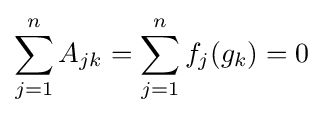
\sum _{j=1}^{n}A_{jk}=\sum _{j=1}^{n}f_{j}(g_{k})=0